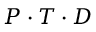
{ \cal P } \cdot { \cal T } \cdot { \cal D }